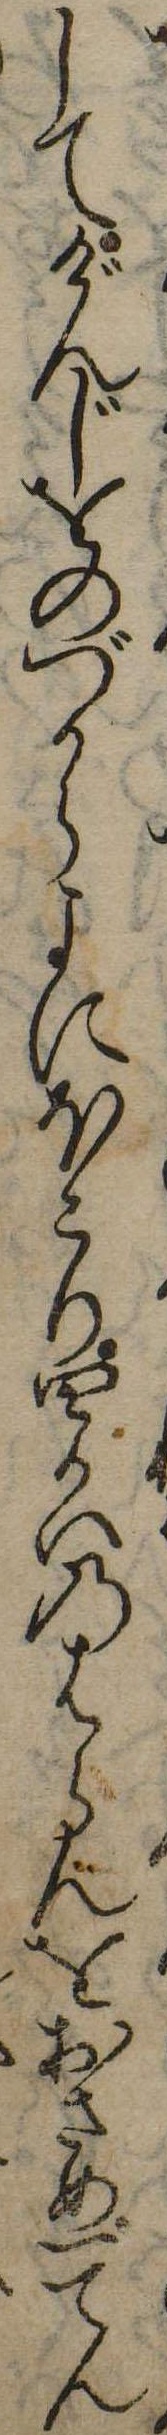
してげんじをのづからよにほこり四かいのはらんをおさめ一てん